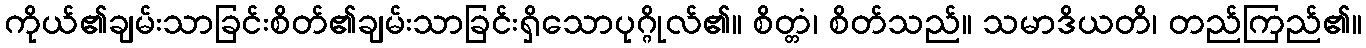
ကိုယ်၏ချမ်းသာခြင်းစိတ်၏ချမ်းသာခြင်းရှိသောပုဂ္ဂိုလ်၏။ စိတ္တံ၊ စိတ်သည်။ သမာဒိယတိ၊ တည်ကြည်၏။